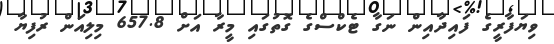
ވިޔަފާރީގެ ފައިދާއިން ނަގާ ޓެކްސްގެ ގޮތުގައި މީރާ އަށް 657.8 މިލިއަން ރުފިޔާ